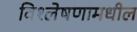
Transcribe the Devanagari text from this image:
विश्लेषणामधील